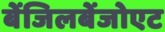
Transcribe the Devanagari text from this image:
बेंजिलबेंजोएट